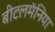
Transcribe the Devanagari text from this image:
बीटलमॅनिया